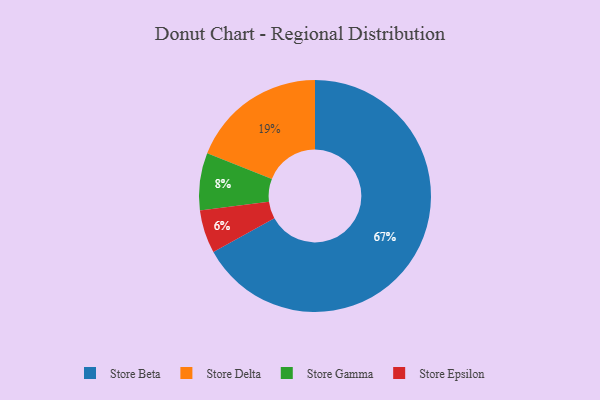
{"axis": {"x": "Category", "y": "Percentage"}, "legend": ["Store Beta", "Store Delta", "Store Epsilon", "Store Gamma"], "data": [{"x": "Store Gamma", "y": 8, "type": "Store Gamma"}, {"x": "Store Epsilon", "y": 6, "type": "Store Epsilon"}, {"x": "Store Beta", "y": 67, "type": "Store Beta"}, {"x": "Store Delta", "y": 19, "type": "Store Delta"}]}